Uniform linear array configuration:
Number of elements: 4
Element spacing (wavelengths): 0.75
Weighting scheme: binomial
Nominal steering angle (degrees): -15
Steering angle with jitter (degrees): -14.157
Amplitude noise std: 0.05
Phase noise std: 0.05

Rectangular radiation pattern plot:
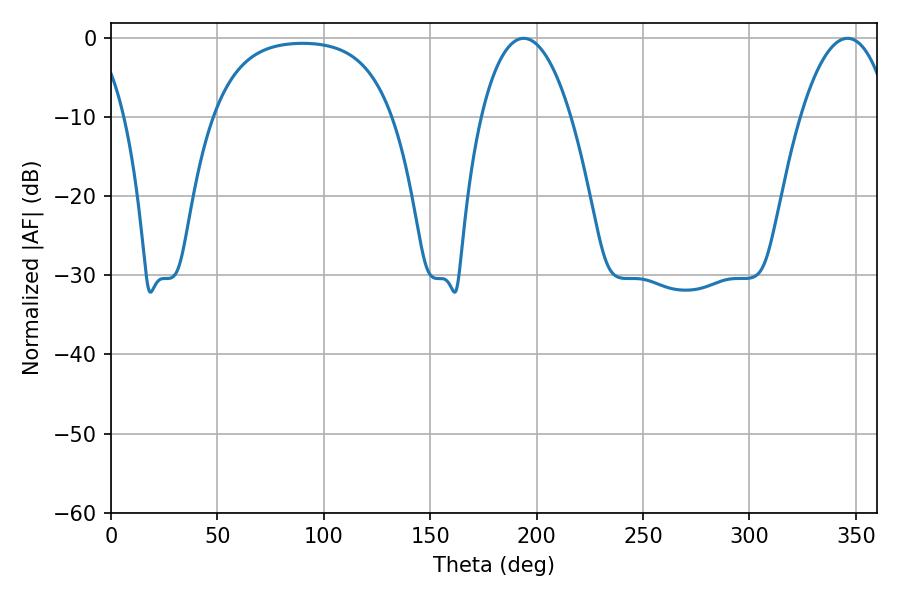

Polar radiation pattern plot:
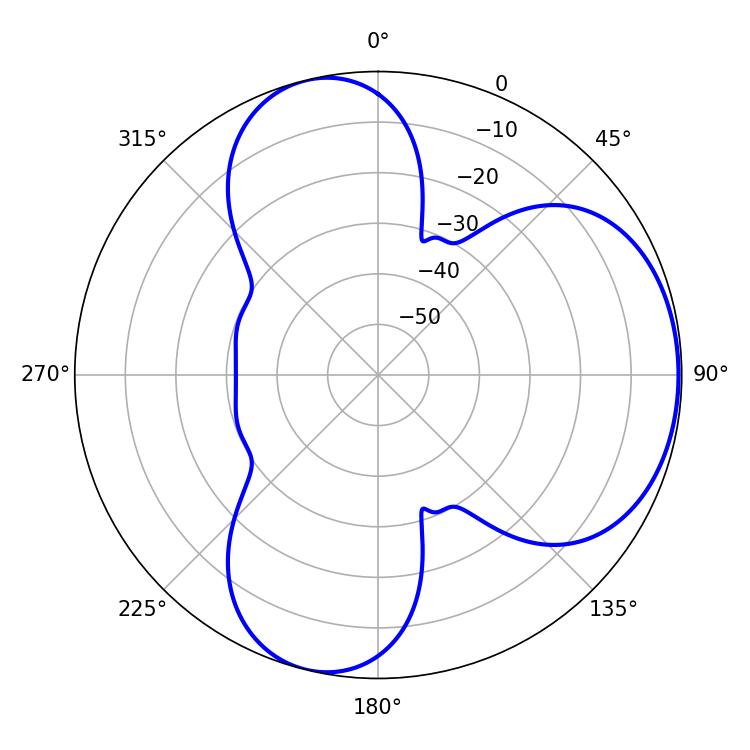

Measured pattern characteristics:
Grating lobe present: TRUE
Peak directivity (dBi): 5.249
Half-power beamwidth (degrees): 23.58
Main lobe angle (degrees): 193.86